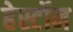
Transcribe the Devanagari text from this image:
हेर्स्टोन